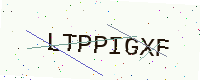
Text: LTPPIGXF